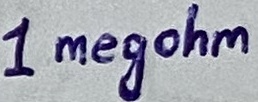
Text: 1megohm